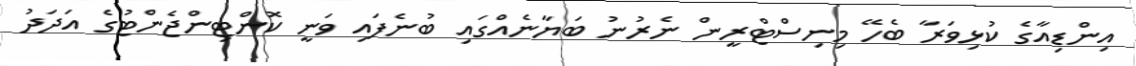
އިންޑިއާގެ ކުޅިވަރާ ބެހޭ މިނިސްޓްރީން ނެރުނު ބަޔާނެއްގައި ބުނެފައި ވަނީ ކޮންޓިންޖެންޓުގެ އަދަދު